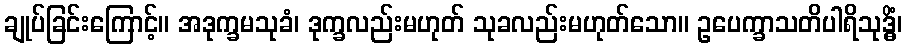
ချုပ်ခြင်းကြောင့်။ အဒုက္ခမသုခံ၊ ဒုက္ခလည်းမဟုတ် သုခလည်းမဟုတ်သော။ ဥပေက္ခာသတိပါရိသုဒ္ဓိံ၊